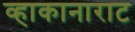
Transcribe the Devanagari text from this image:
व्हाकानाराट